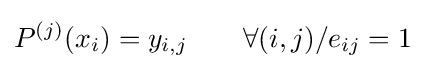
P^{(j)}(x_{i})=y_{i,j}\qquad \forall (i,j)/e_{ij}=1